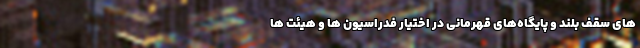
های سقف بلند و پایگاه‌های قهرمانی در اختیار فدراسیون ها و هیئت ها